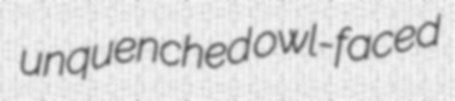
unquenched owl-faced